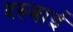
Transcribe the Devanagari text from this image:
दरुबाई